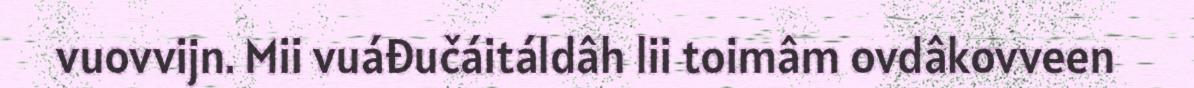
vuovvijn. Mii vuáđučáitáldâh lii toimâm ovdâkovveen